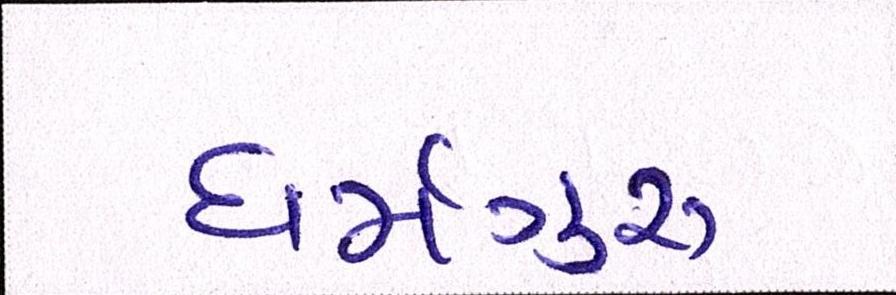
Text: ધર્મગુરૂ